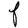
Character: F